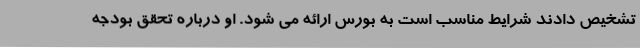
تشخیص دادند شرایط مناسب است به بورس ارائه می شود. او درباره تحقق بودجه